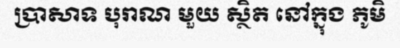
ប្រាសាទ បុរាណ មួយ ស្ថិត នៅក្នុង ភូមិ